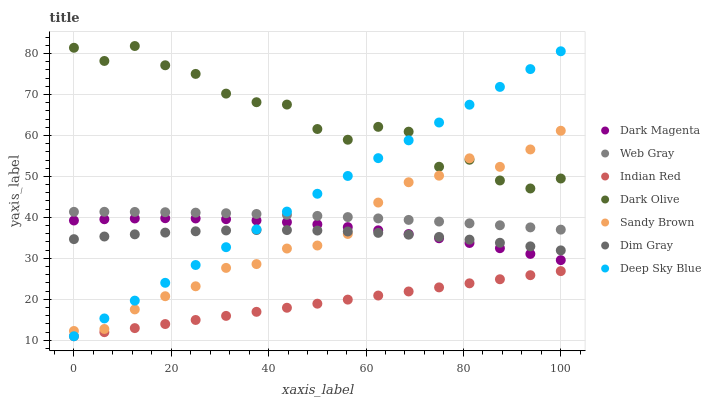
| xaxis_label | Dark Magenta | Web Gray | Indian Red | Dark Olive | Sandy Brown | Dim Gray | Deep Sky Blue |
 | --- | --- | --- | --- | --- | --- | --- | --- |
 | 0 | 39.2 | 41.4 | 11 | 81.4 | 12.3 | 34.7 | 11 |
 | 6.25 | 39.6 | 41.4 | 12 | 78.2 | 12.8 | 35.3 | 15.3 |
 | 12.5 | 39.7 | 41.3 | 13 | 81.8 | 17.6 | 35.9 | 19.7 |
 | 18.8 | 39.8 | 41.3 | 14 | 77.1 | 20.8 | 36.3 | 24 |
 | 25 | 39.7 | 41.2 | 15 | 75 | 23.2 | 36.6 | 28.4 |
 | 31.2 | 39.6 | 41 | 16 | 70.2 | 27.7 | 36.8 | 32.7 |
 | 37.5 | 39.3 | 40.8 | 17 | 68.1 | 28.6 | 36.9 | 37.1 |
 | 43.8 | 38.8 | 40.6 | 18 | 67.5 | 32.4 | 36.9 | 41.4 |
 | 50 | 38.3 | 40.4 | 18.9 | 61.6 | 33.1 | 36.8 | 45.8 |
 | 56.2 | 37.6 | 40.1 | 19.9 | 58.9 | 36 | 36.6 | 50.1 |
 | 62.5 | 36.8 | 39.8 | 20.9 | 62.1 | 43.6 | 36.2 | 54.5 |
 | 68.8 | 35.9 | 39.4 | 21.9 | 60.9 | 48.6 | 35.8 | 58.8 |
 | 75 | 34.9 | 39 | 22.9 | 52.4 | 50.2 | 35.2 | 63.1 |
 | 81.2 | 33.8 | 38.5 | 23.9 | 54.1 | 54.4 | 34.6 | 67.5 |
 | 87.5 | 32.5 | 38.1 | 24.9 | 49 | 52.3 | 33.8 | 71.8 |
 | 93.8 | 31.1 | 37.6 | 25.9 | 47.1 | 56.6 | 32.9 | 76.2 |
 | 100 | 29.6 | 37 | 26.9 | 49.5 | 61.1 | 31.9 | 80.5 |